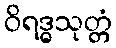
ဝိရဒ္ဓသုတ္တံ